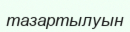
тазартылуын